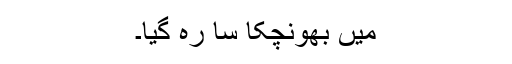
میں بھونچکا سا رہ گیا۔